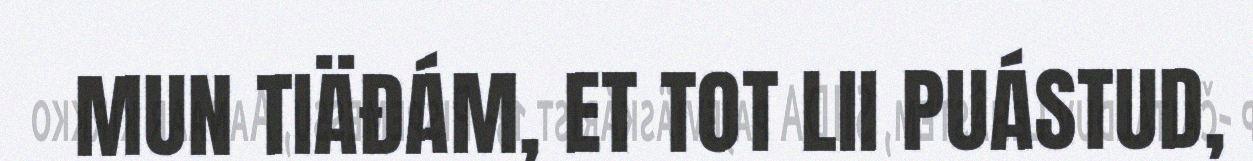
MUN TIÄĐÁM, ET TOT LII PUÁSTUD,